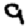
Digit: 9